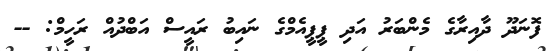
ފޮނަދޫ ދާއިރާގެ މެންބަރު އަދި ޕީޕީއެމްގެ ނައިބު ރައީސް އަބްދުއް ރަހީމް: --